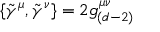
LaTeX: \{ \tilde { \gamma } ^ { \mu } , \tilde { \gamma } ^ { \nu } \} = 2 g _ { ( d - 2 ) } ^ { \mu \nu }